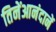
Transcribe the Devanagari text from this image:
तिनेंआनंदानें